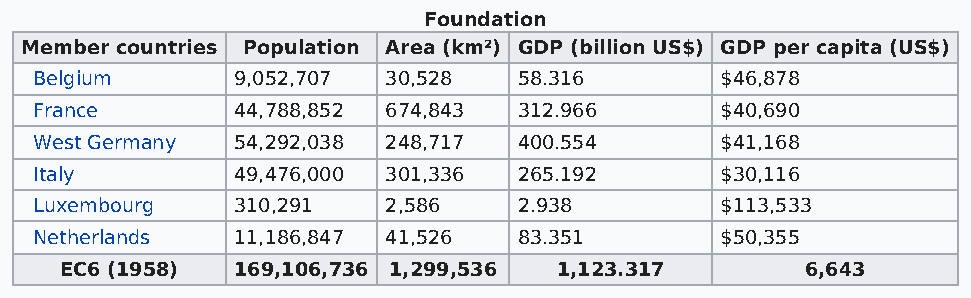
Foundation
 Member countries Population Area (km²) GDP (billion US$) GDP per capita (US$)
 Belgium      9,052,707  30,528  58.316        $46,878
 France       44,788,852 674,843 312.966       $40,690
 West Germany 54,292,038 248,717 400.554       $41,168
 Italy        49,476,000 301,336 265.192       $30,116
 Luxembourg   310,291    2,586   2.938         $113,533
 Netherlands  11,186,847 41,526  83.351        $50,355
 EC6 (1958) 169,106,736 1,299,536 1,123.317       6,643